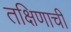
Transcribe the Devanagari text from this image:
तक्षिणाची